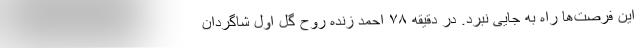
این فرصت‌ها راه به جایی نبرد. در دقیقه ۷۸ احمد زنده روح گل اول شاگردان